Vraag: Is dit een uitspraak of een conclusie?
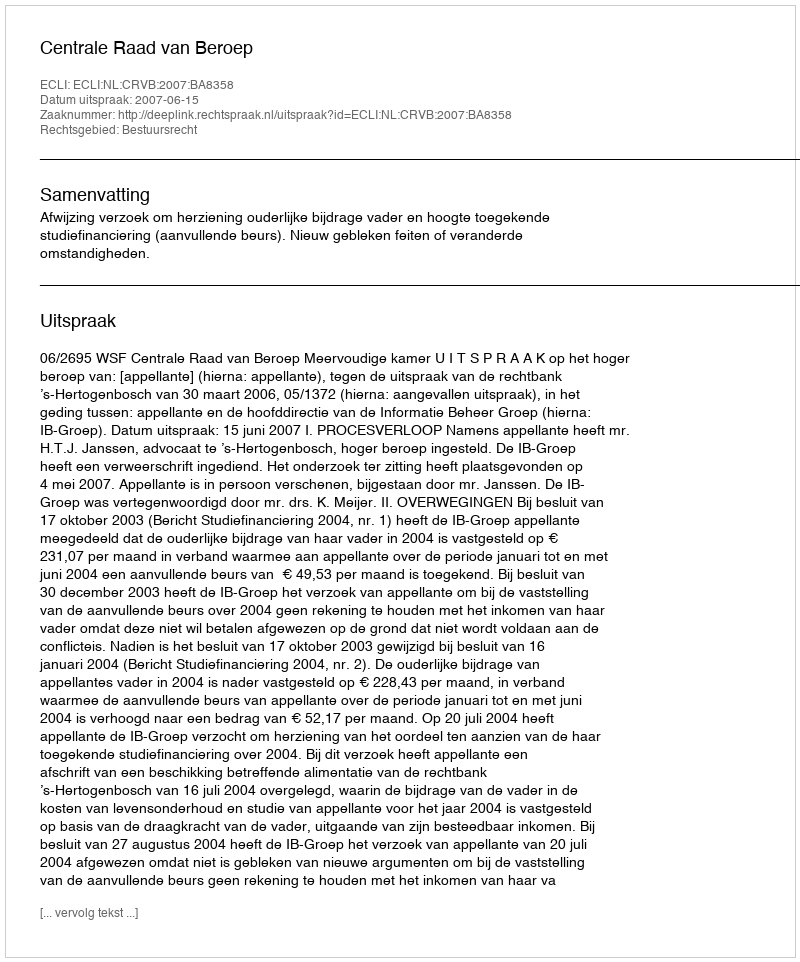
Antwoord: Uitspraak